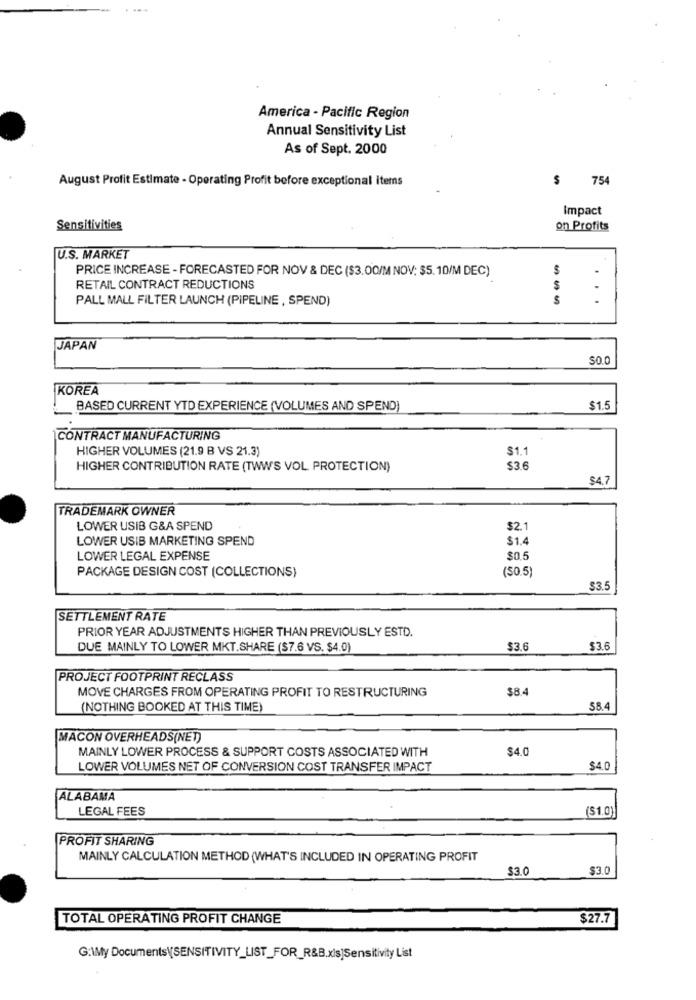
America - Pacific Region
Annual Sensitivity List
As of Sept. 2000
August Profit Estimate - Operating Profit before exceptional items
$ 754
Impact
Sensitivities
on Profits
U.S. MARKET
PRICE INCREASE - FORECASTED FOR NOV & DEC ($3.00/M NOV: $5.10/M DEC)
RETAIL CONTRACT REDUCTIONS
$
PALL MALL FILTER LAUNCH (PIPELINE , SPEND)
$
...
JAPAN
S0.0
KOREA
BASED CURRENT YTD EXPERIENCE (VOLUMES AND SPEND)
$1.5
CONTRACT MANUFACTURING
HIGHER VOLUMES (21.9 B VS 21.3)
S1.1
HIGHER CONTRIBUTION RATE (TWWS VOL PROTECTION)
$3.6
$4.7
TRADEMARK OWNER
LOWER USIB G&A SPEND
$2.
LOWER USIB MARKETING SPEND
$1.4
LOWER LEGAL EXPENSE
$0.5
PACKAGE DESIGN COST (COLLECTIONS)
(SO.5)
$3.5
SETTLEMENT RATE
PRIOR YEAR ADJUSTMENTS HIGHER THAN PREVIOUSLY ESTD.
DUE MAINLY TO LOWER MKT.SHARE ($7.6 VS. $4.0)
$3.6
$3.6
PROJECT FOOTPRINT RECLASS
MOVE CHARGES FROM OPERATING PROFIT TO RESTRUCTURING
$8.4
(NOTHING BOOKED AT THIS TIME)
58.4
MACON OVERHEADS(NET)
MAINLY LOWER PROCESS & SUPPORT COSTS ASSOCIATED WITH
$4.0
LOWER VOLUMES NET OF CONVERSION COST TRANSFER IMPACT
$4.0
ALABAMA
LEGAL FEES
($1.0)
PROFIT SHARING
MAINLY CALCULATION METHOD (WHAT'S INCLUDED IN OPERATING PROFIT
$3.0
$3.0
TOTAL OPERATING PROFIT CHANGE
$27.7
G:\My Documents\(SENSITIVITY_LIST_FOR_R&B.xis]Sensitivity List